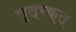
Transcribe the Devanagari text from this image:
सूत्रकृत्